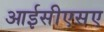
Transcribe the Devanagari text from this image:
आईसीएसए